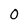
Character: 0